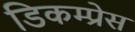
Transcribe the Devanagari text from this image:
डिकम्प्रेस